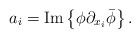
\begin{align*}a_i= {\rm{Im}} \left\{ \phi \partial_{x_i}\bar\phi \right\}.\end{align*}